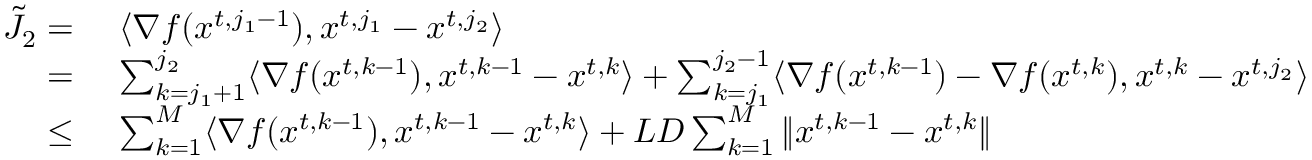
\begin{array} { r l } { \tilde { J } _ { 2 } = \ } & { \langle \nabla f ( { x } ^ { t , j _ { 1 } - 1 } ) , { x } ^ { t , j _ { 1 } } - { x } ^ { t , j _ { 2 } } \rangle } \\ { = \ } & { \sum _ { k = j _ { 1 } + 1 } ^ { j _ { 2 } } \langle \nabla f ( { x } ^ { t , k - 1 } ) , { x } ^ { t , k - 1 } - { x } ^ { t , k } \rangle + \sum _ { k = j _ { 1 } } ^ { j _ { 2 } - 1 } \langle \nabla f ( { x } ^ { t , k - 1 } ) - \nabla f ( { x } ^ { t , k } ) , { x } ^ { t , k } - { x } ^ { t , j _ { 2 } } \rangle } \\ { \le \ } & { \sum _ { k = 1 } ^ { M } \langle \nabla f ( { x } ^ { t , k - 1 } ) , { x } ^ { t , k - 1 } - { x } ^ { t , k } \rangle + L D \sum _ { k = 1 } ^ { M } \| { x } ^ { t , k - 1 } - { x } ^ { t , k } \| } \end{array}